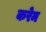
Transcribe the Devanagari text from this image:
करेम